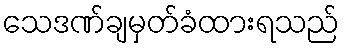
သေဒဏ်ချမှတ်ခံထားရသည်